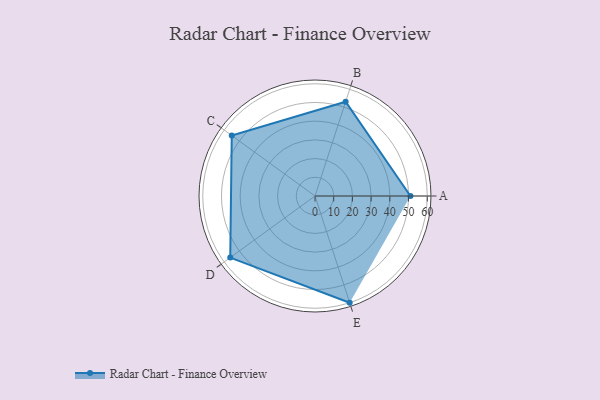
{"axis": {"x": "Skill", "y": "Score"}, "legend": ["Profile"], "data": [{"x": "A", "y": 51.0, "type": "Profile"}, {"x": "B", "y": 53.0, "type": "Profile"}, {"x": "C", "y": 55.0, "type": "Profile"}, {"x": "D", "y": 56.0, "type": "Profile"}, {"x": "E", "y": 60.0, "type": "Profile"}]}